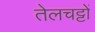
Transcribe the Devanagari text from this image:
तेलचट्टों